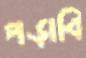
পড়াবি